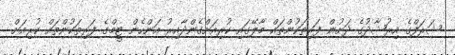
ޝަރަފްގެ އިރުޝާދުގެ ދަށުން ފަރިތަކުންތައް މާލޭގައި ކުރިއަށްގެންދާއިރު އަންހެން ޓީމްގެ ފަރިތަކުންތައް ކުރިއަށް